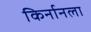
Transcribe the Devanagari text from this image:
किर्नानला